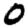
Digit: 0